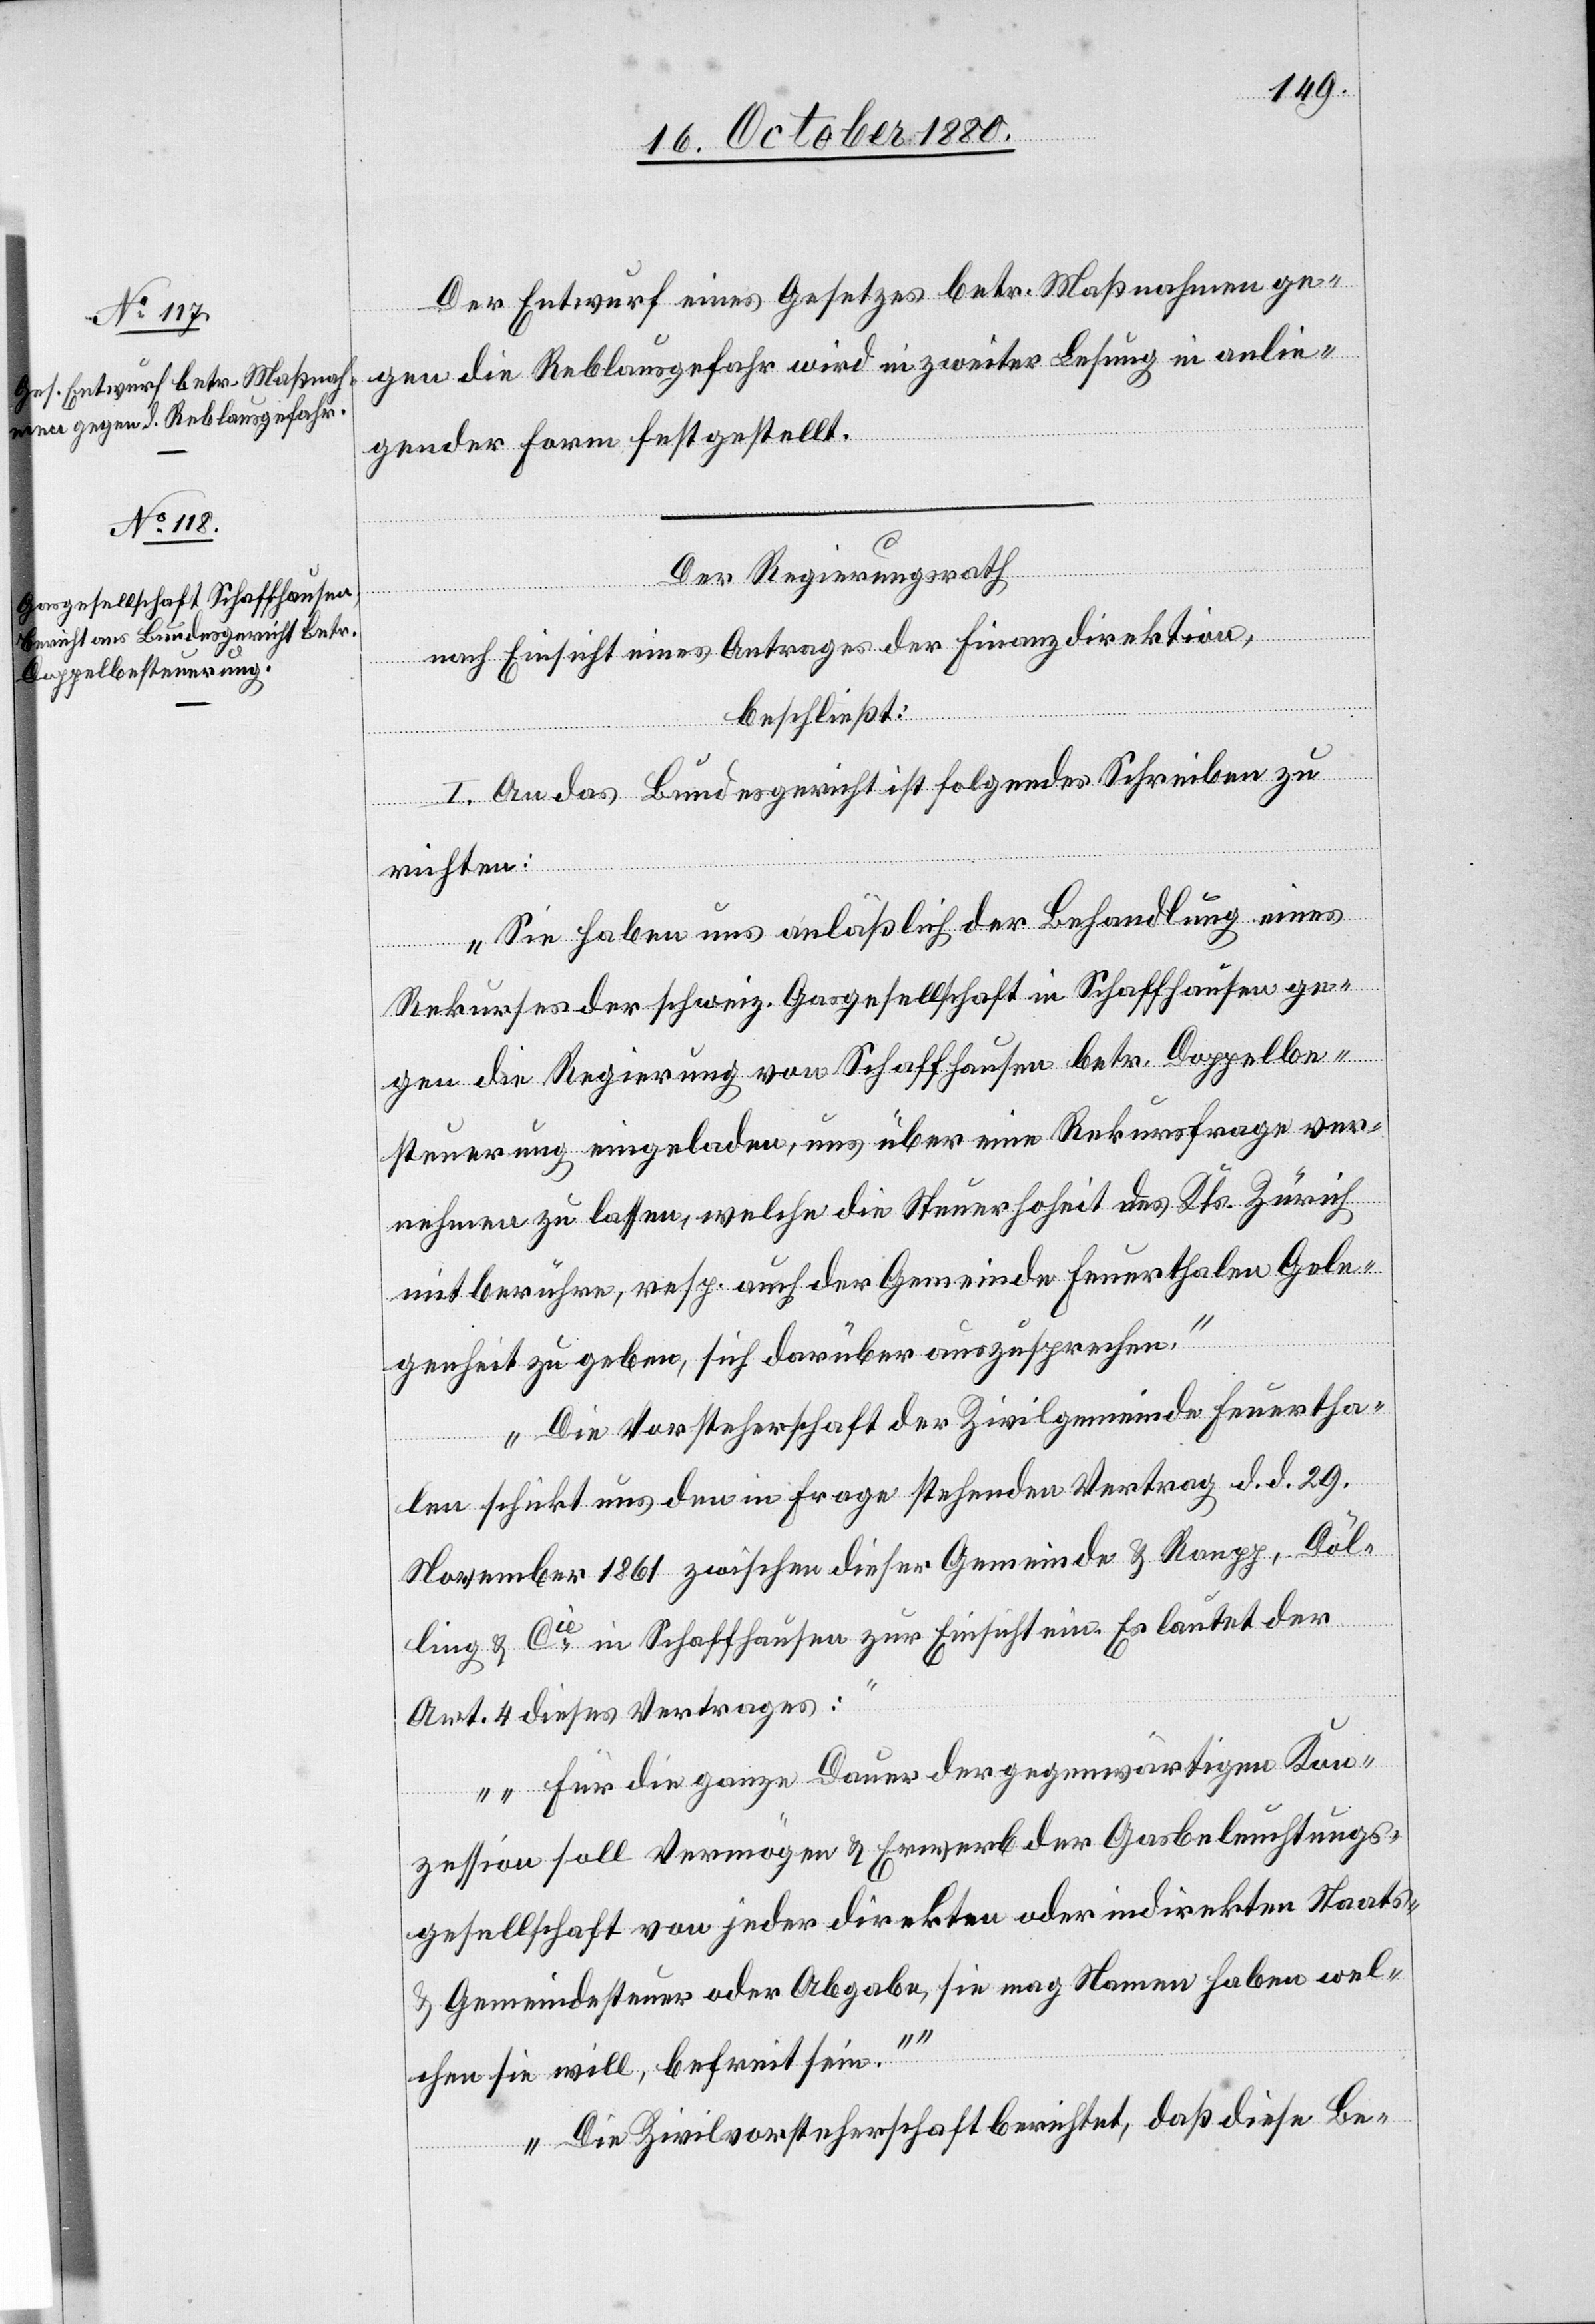
Der Entwurf eines Gesetzes betr. Maßnahmen ge¬
gen die Reblausgefahr wird in zweiter Lesung in anlie¬
gender Form festgestellt.
Der Regierungsrath,
nach Einsicht eines Antrages der Finanzdirektion,
beschließt:
I. An das Bundesgericht ist folgendes Schreiben zu
richten:
„Sie haben uns anläßlich der Behandlung eines
Rekurses der schweiz. Gesandtschaft in Schaffhausen ge¬
gen die Regierung von Schaffhausen betr. Doppelbe¬
steuerung eingeladen, uns über eine Rekursfrage ver¬
nehmen zu lassen, welche die Steuerhoheit des Kts. Zürich
mitberühre, resp. auch der Gemeinde Feuerthalen Gele¬
genheit zu geben, sich darüber auszusprechen.
Die Vorsteherschaft der Zivilgemeinde Feuertha¬
len schickt uns den in Frage stehenden Vertrag d. d. 29.
November 1861 zwischen dieser Gemeinde & Ranpp, Dol¬
ing & Cie in Schaffhausen zur Einsicht ein. Es lautet der
Art. 4 dieses Vertrages:
„Für die ganze Dauer der gegenwärtigen Kon¬
zession soll Vermögen & Erwerb der Gasbeleuchtungs¬
gesellschaft von jeder direkten oder indirekten Staats-
& Gemeindesteuer oder Abgabe, sie mag Namen haben wel¬
chen sie will, befreit sein.“
Die Zivilvorsteherschaft berichtet, daß diese Be-